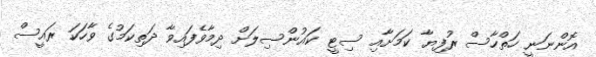
އޮންނަނީ ހަތްހާސް ރުފިޔާ ކަމަށާއި ސިޓީ ކައުންސިލަށް ދިމާވެފައިވާ ދަތިކަމުގެ ވާހަކަ ރައީސް